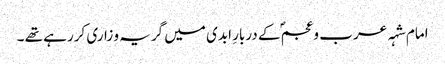
امام شہہ عرب و عجمؐ کے دربارِ ابدی میں گریہ و زاری کررہے تھے ۔